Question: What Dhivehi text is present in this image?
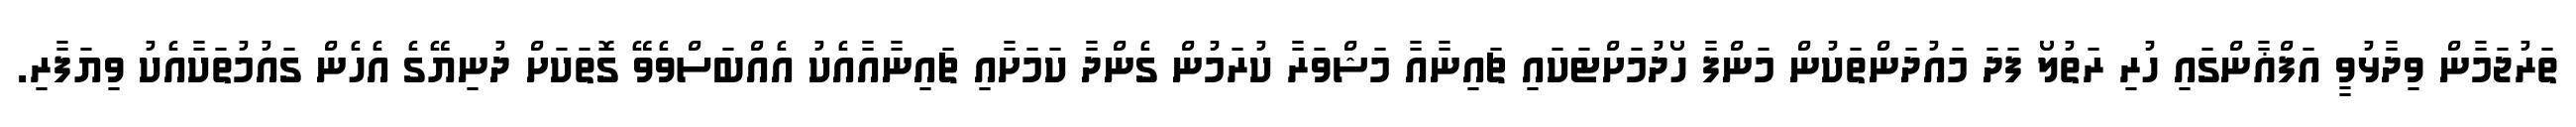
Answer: ތަރުޖަމާން ވިދާޅުވީ އަފްޣާންގައި ހުރި ރަތުލޯ ފަދަ މައުދަންތަކުން މަންފާ ހޯދުމަށްޓަކައި ޗައިނާއާ މަޝްވަރާ ކުރަމުން ގެންދާ ކަމަށާއި ޗައިނާއާއެކު އެއްބަސްވެވޭ ގޮތަކަށް ދުނިޔޭގެ އެހެން ގައުމުތަކާއެކު ވިޔަފާރި.